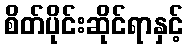
စိတ်ပိုင်းဆိုင်ရာနှင့်